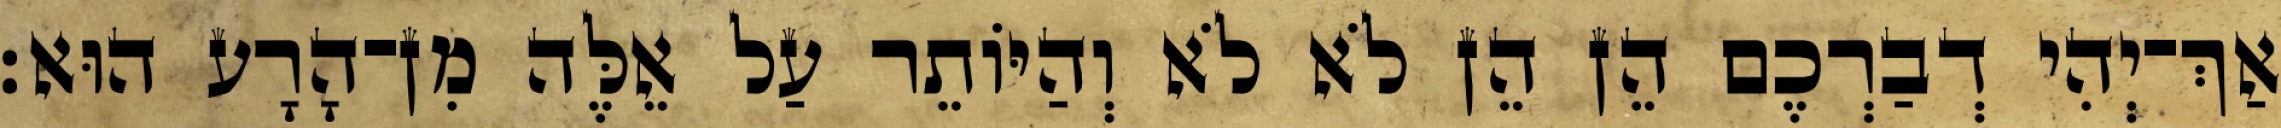
אַךְ־יְהִי דְבַרְכֶם הֵן הֵן לֹא לֹא וְהַיּוֹתֵר עַל אֵלֶּה מִן־הָרָע הוּא׃